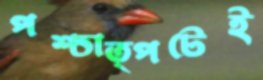
পশ্চাত্পটেই